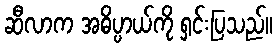
ဆီလာက အဓိပ္ပာယ်ကို ရှင်းပြသည်။